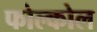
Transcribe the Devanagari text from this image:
फोल्कोल